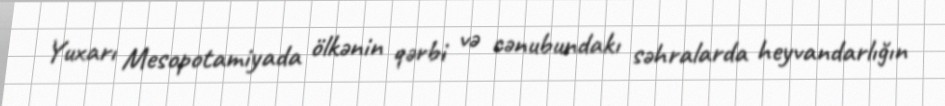
Yuxarı Mesopotamiyada ölkənin qərbi və cənubundakı səhralarda heyvandarlığın